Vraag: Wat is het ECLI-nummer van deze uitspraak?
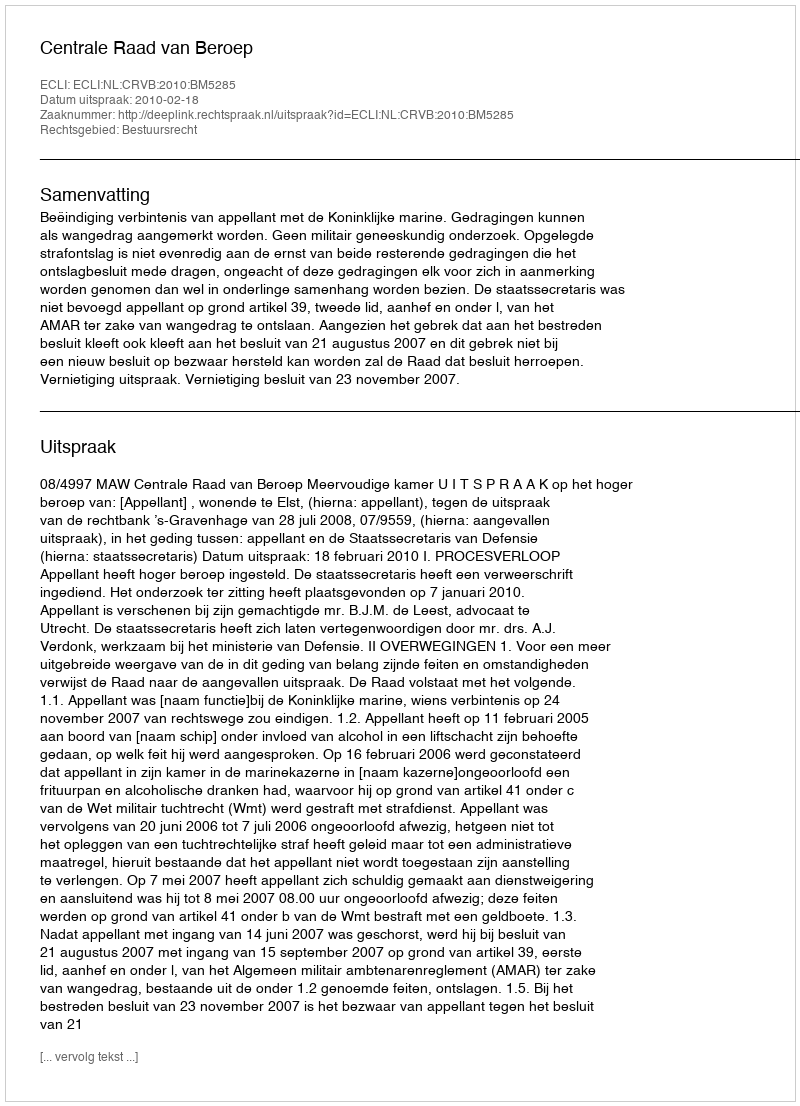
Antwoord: ECLI:NL:CRVB:2010:BM5285